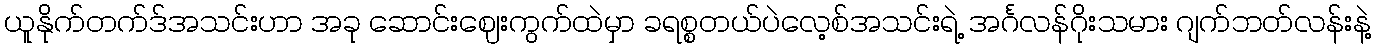
ယူနိုက်တက်ဒ်အသင်းဟာ အခု ဆောင်းဈေးကွက်ထဲမှာ ခရစ္စတယ်ပဲလေ့စ်အသင်းရဲ့ အင်္ဂလန်ဂိုးသမား ဂျက်ဘတ်လန်းနဲ့